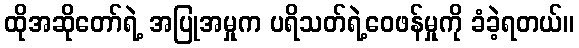
ထိုအဆိုတော်ရဲ့ အပြုအမှုက ပရိသတ်ရဲ့ဝေဖန်မှုကို ခံခဲ့ရတယ်။